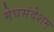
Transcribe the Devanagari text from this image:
मेघसंदेशम्